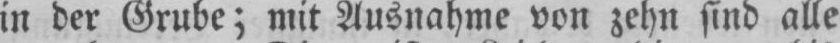
in der Grube; mit Ausnahme von zehn sind alle